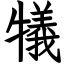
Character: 犠